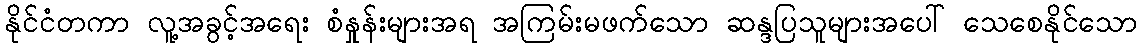
နိုင်ငံတကာ လူ့အခွင့်အရေး စံနှုန်းများအရ အကြမ်းမဖက်သော ဆန္ဒပြသူများအပေါ် သေစေနိုင်သော